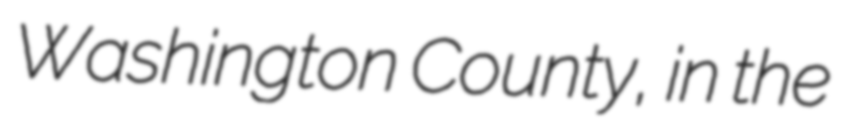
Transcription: Washington County, in the